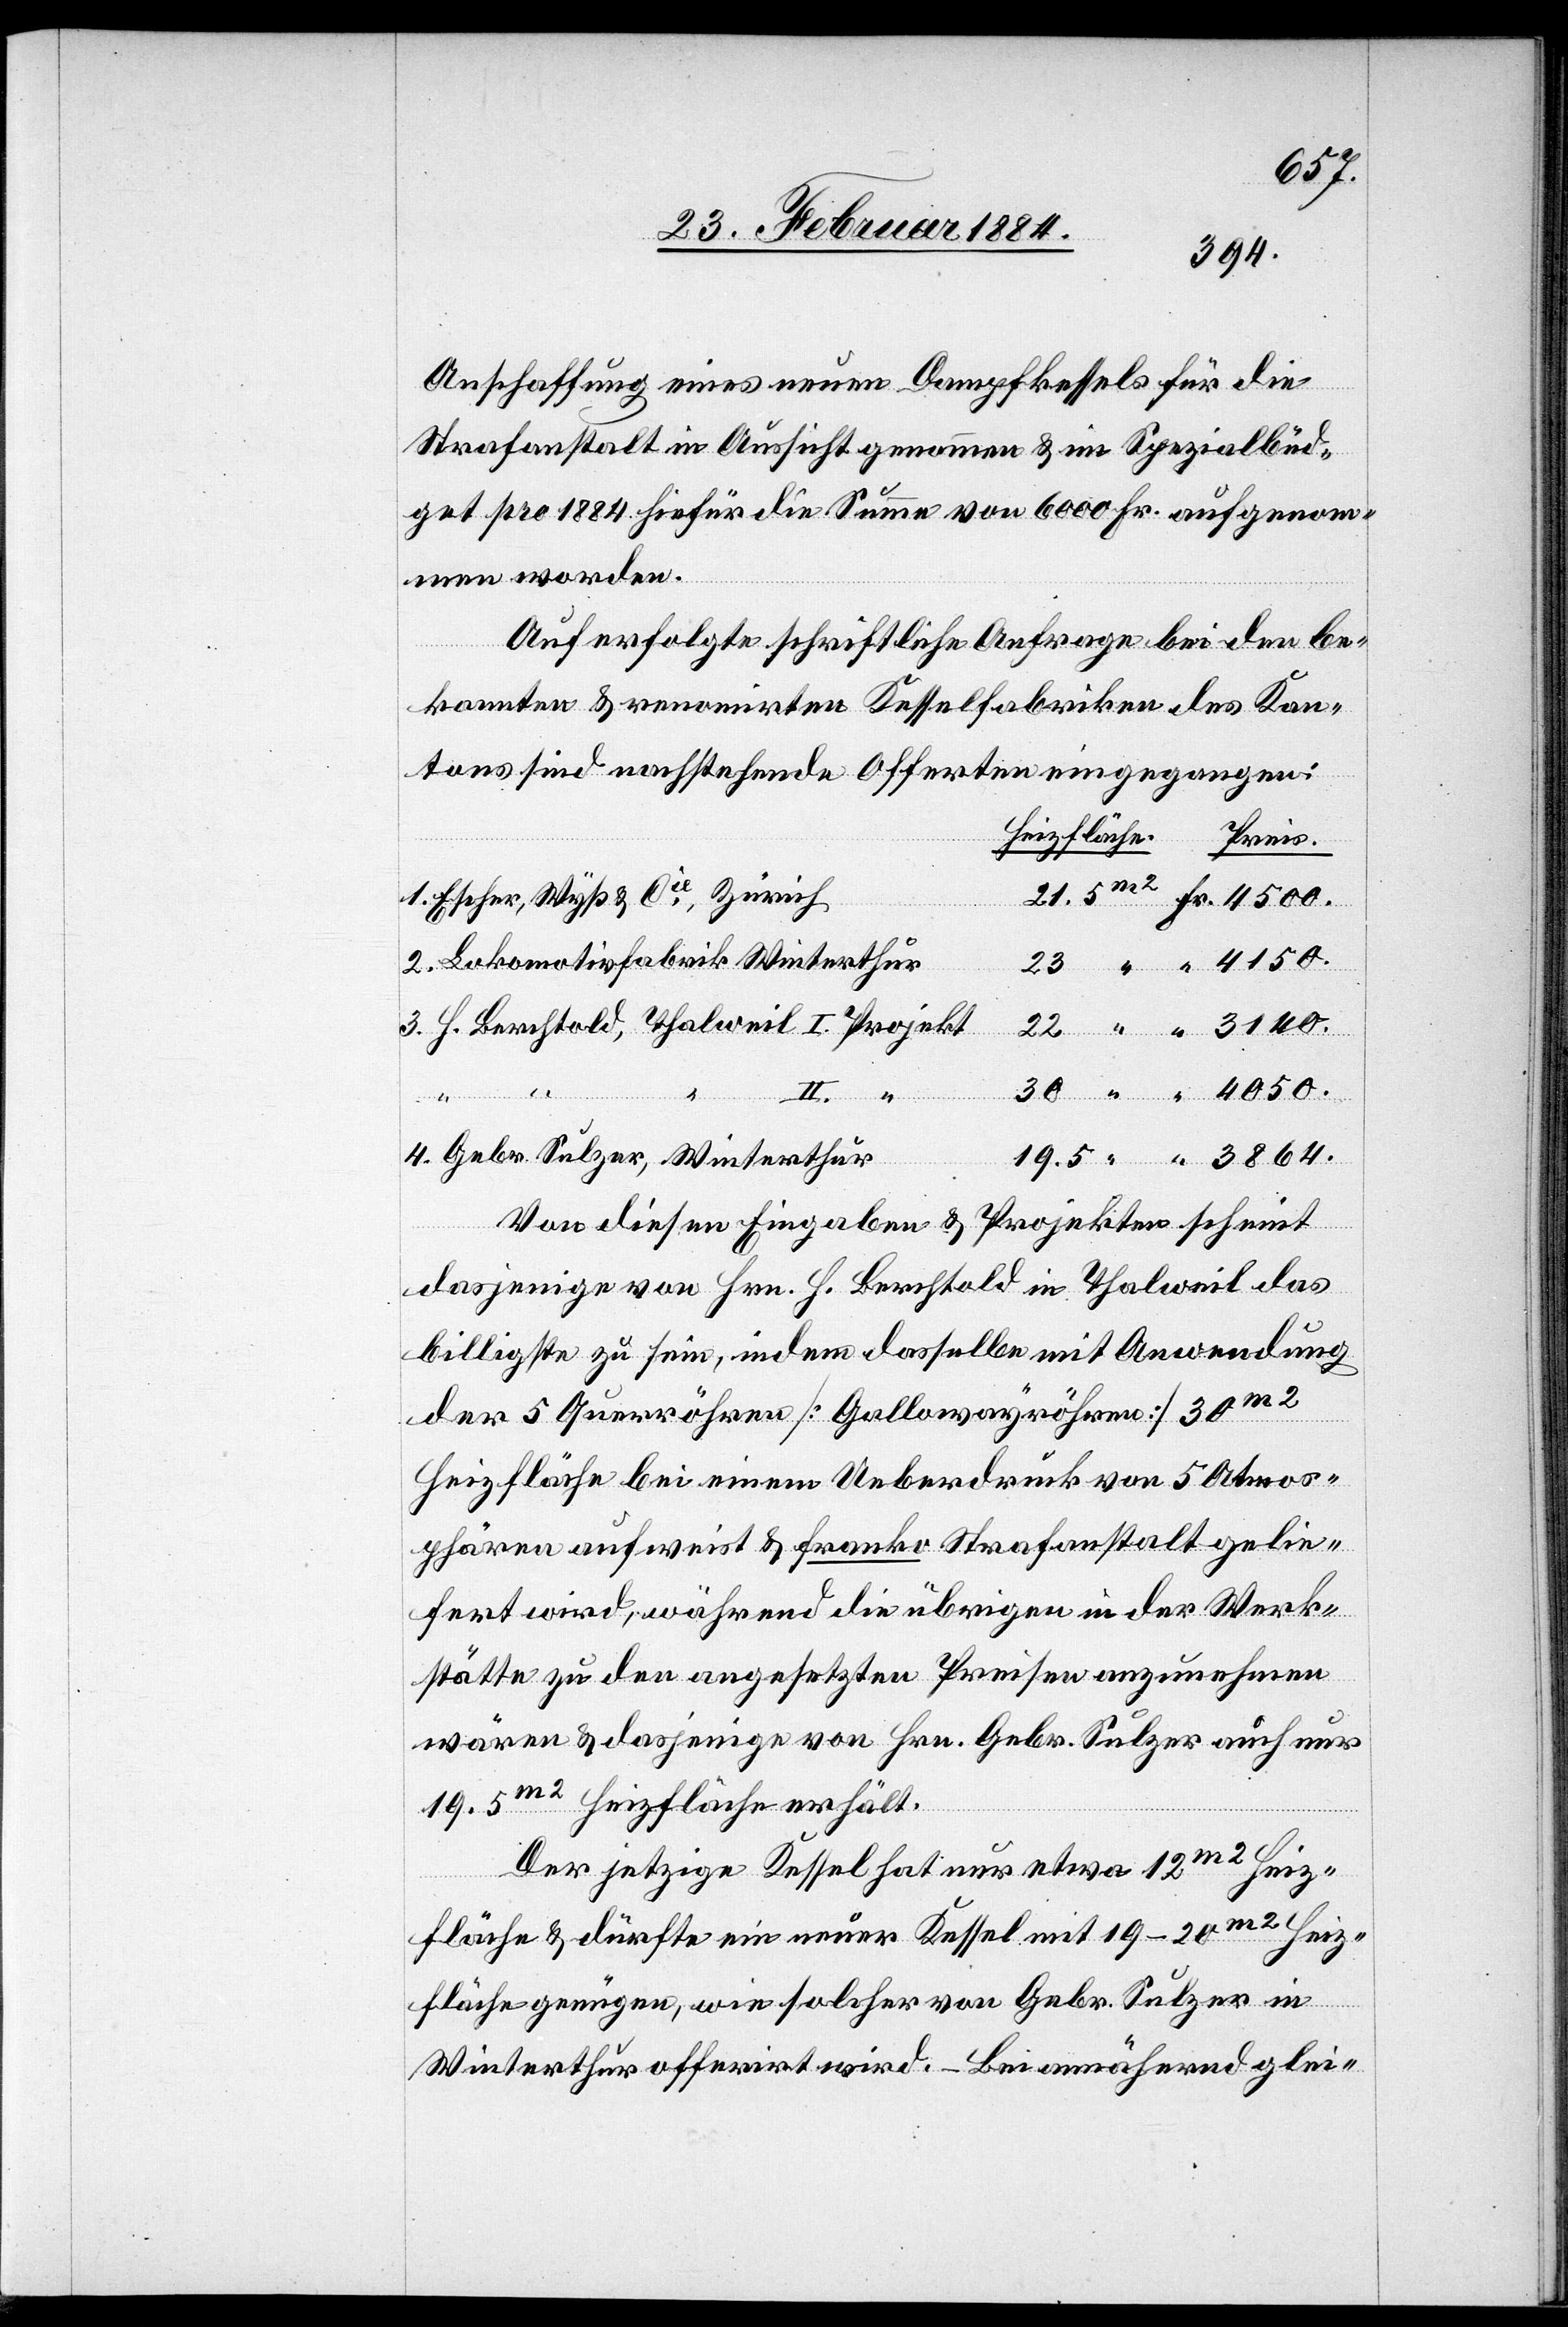
3864.
Anschaffung eines neuen Dampfkessels für die
Strafanstalt in Aussicht genommen & im Spezialbüd¬
get pro 1884 hiefür die Summe von 6000 Fr. aufgenom¬
men worden.
Fr.
Auf erfolgte schriftliche Anfrage bei den Be¬
kannten & renommirten Kesselfabriken des Kan¬
tons sind nachstehende Offerten eingegangen:
Escher, Wyß & Cie, Zürich
Lokomotivfabrik Winterthur
H. Berchtold, Thalweil I. Projekt
Grb. Sulzer, Winterthur
4.
Der jetzige Kessel hat nur etwa 12m2 Heiz¬
22
fläche & dürfte ein neuer Kessel mit 19–20m2 Heiz¬
fläche genügen, wie solcher von Gebr. Sulzer in
Winterthur offerirt wird. – Bei annähernd glei-